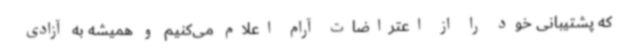
که پشتیبانی خود را از اعتراضات آرام اعلام می‌کنیم و همیشه به آزادی